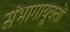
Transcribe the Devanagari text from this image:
संभागायुक्तों